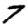
Digit: 7